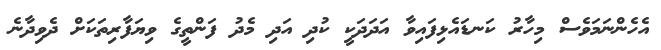
އެހެންނަމަވެސް މިހާރު ކަނޑައެޅިފައިވާ އަދަދަކީ ކުދި އަދި މެދު ފަންތީގެ ވިޔަފާރިތަކަށް ދެވިދާނެ